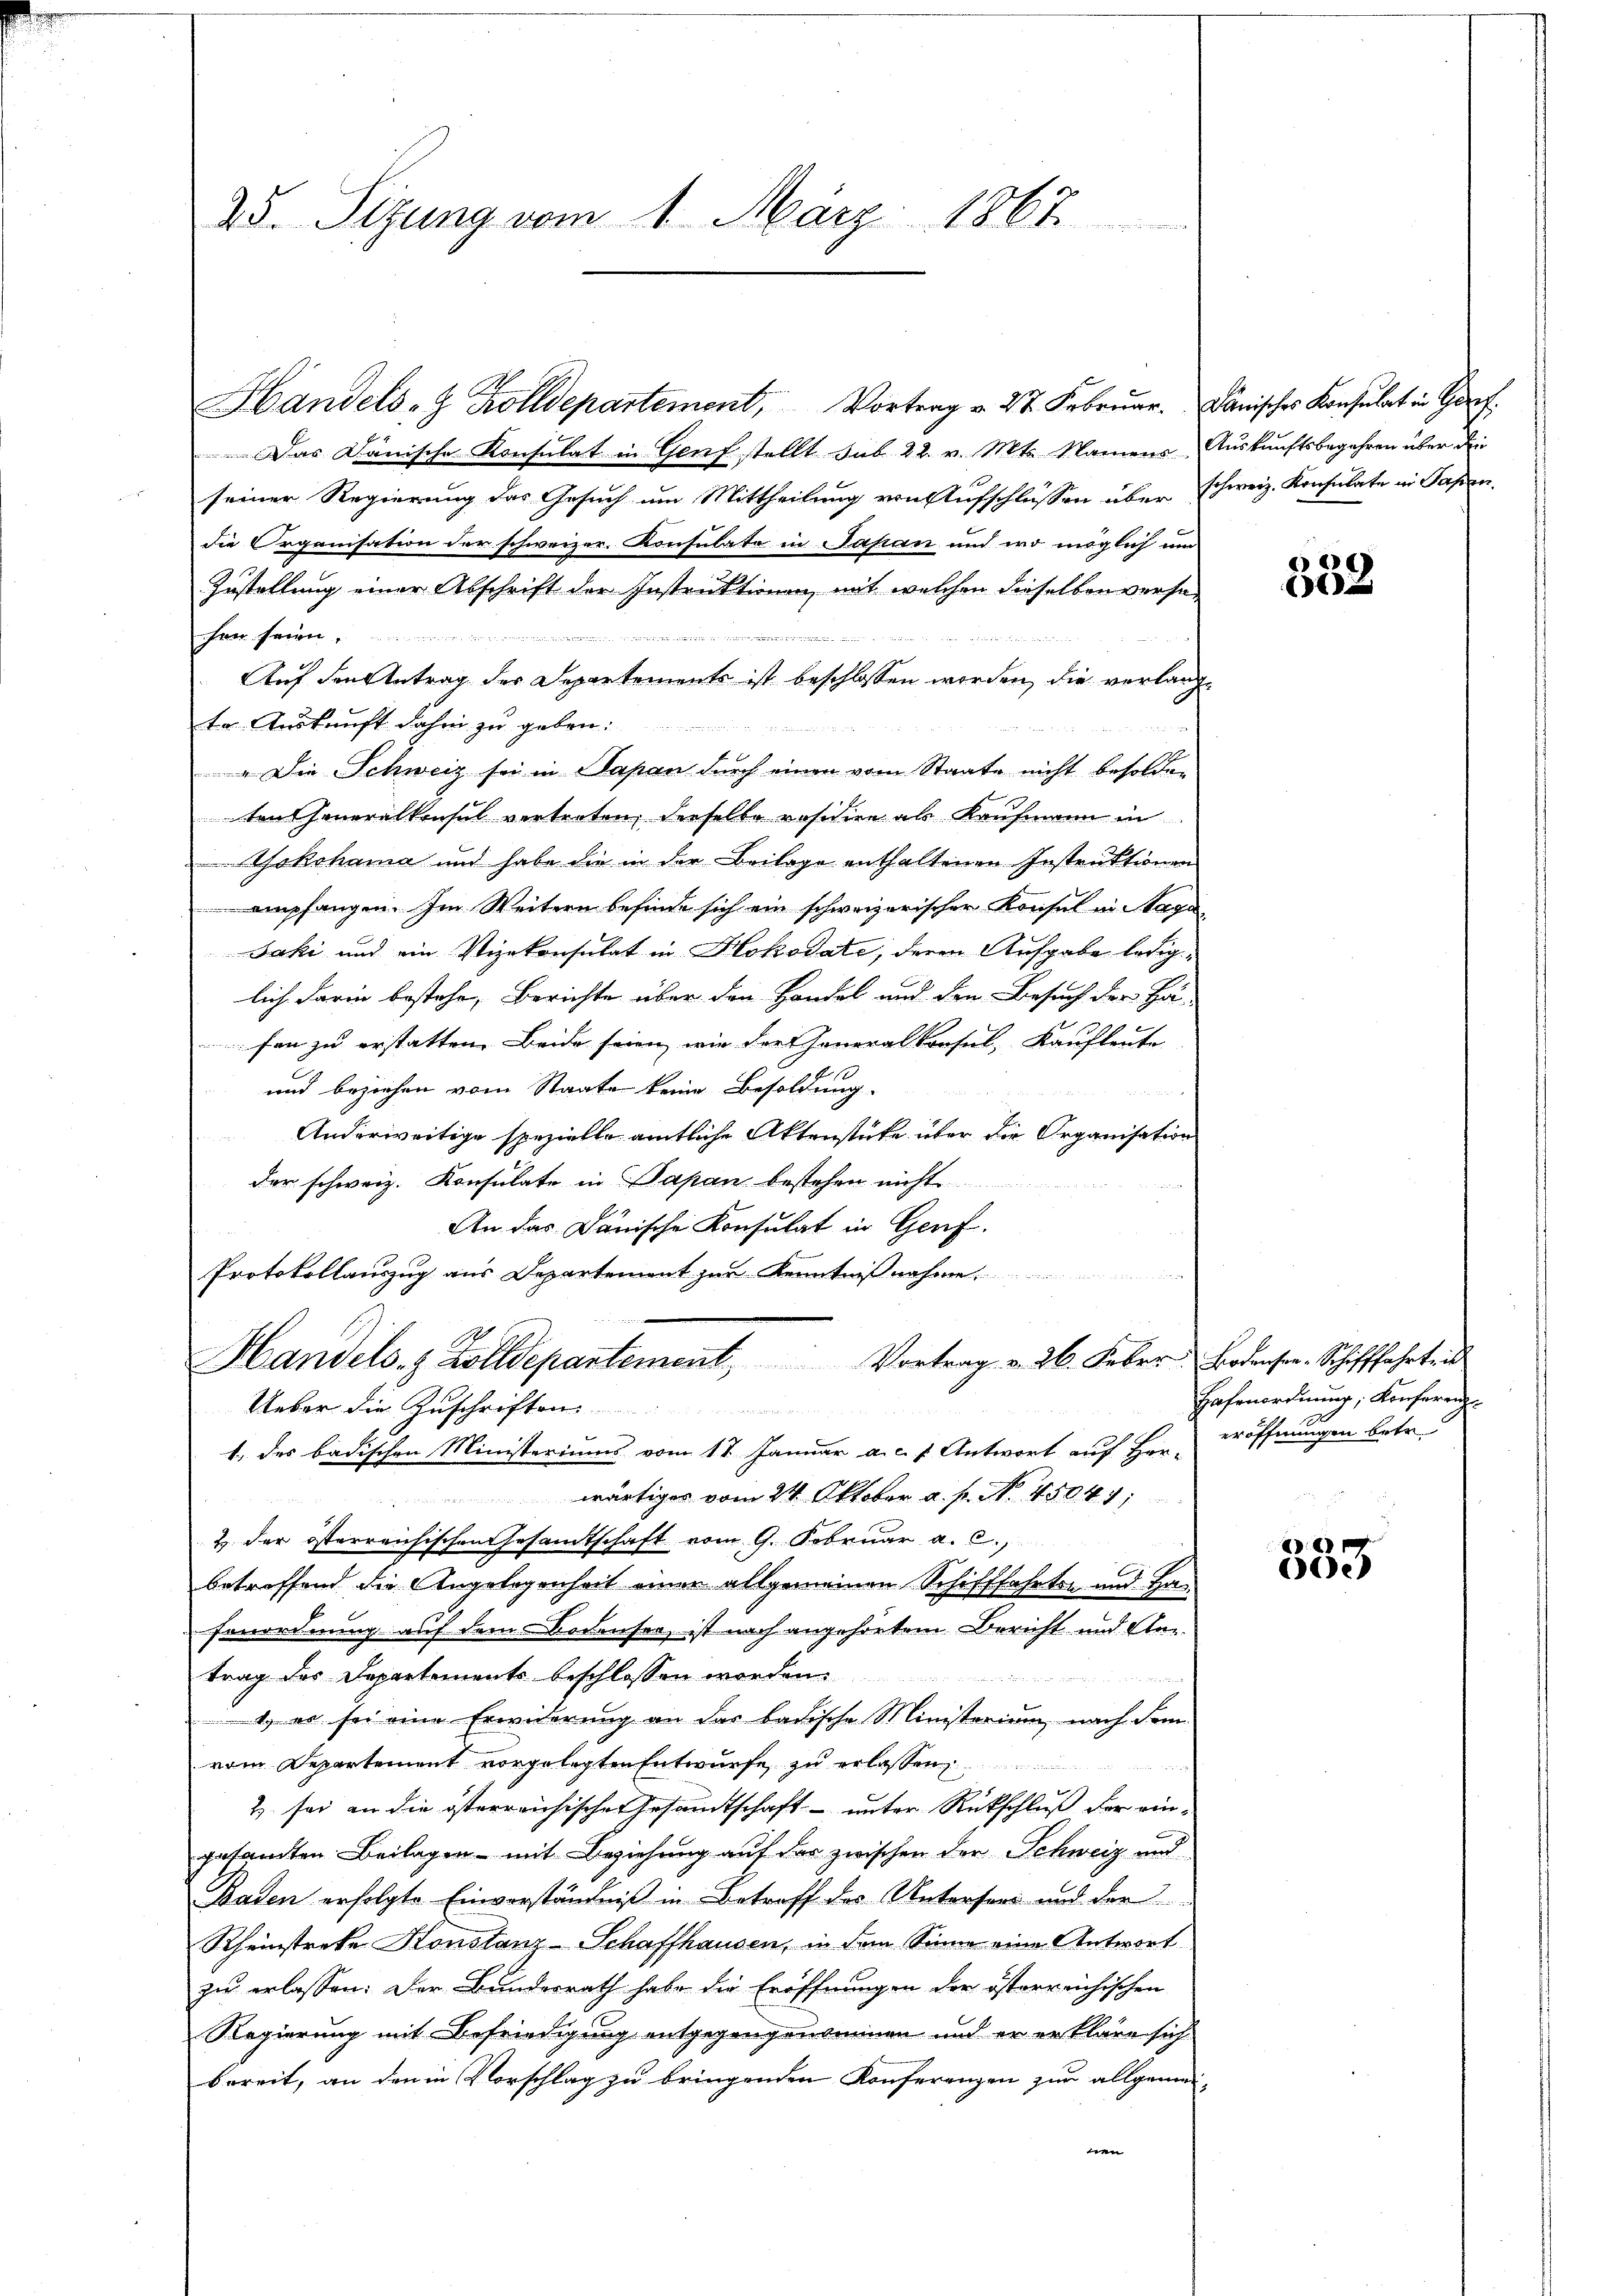
25. Sitzung vom 1. März 1867.

Handels- Zolldepartement, Vortrag v. 27. Febrŭar. Danisches Konsulat in Gorf.
Das Dänische Konsulat in Genf stellt sub 22. v. Mts. Namens Auskunftsbegehren über die
seiner Regierung das Gesuch um Mittheilung von Aufschlüssen über schweiz. Konsulate in Papen
die Organisation der schweizer. Konsulate in Pasian und wo möglich um
Zustellung einer Abschrift der Instruktionen, mit welchen dieselben versachen seien.
Auf den Antrag des Departements ist beschlossen worden, die verlangte Auskunft dahin zu geben.

" Die Schweiz sei in Papan durch einen vom Staate nicht besolden
ten Feueralkonsul vertreten, derselbe räsidien als Kaufmann in
Yokohama und habe die in der Beilage enthaltenen Instruktionen
empfangen. Im Weitern befinde sich ein schweizerischer Konsul in Mage
Jaki und ein Vizekonsulat in Hokodate, deren Aufgabe lediglich darin bestehe, Berichte über den Handel und den Besuch der Ha-
fon zu erstatten. Beide seien, wie der Generalkonsul, Kaufleute
und beziehen vom Staate keine Besoldung
Anderweitige spezielle amtliche Aktenstüke über die Organisation
der schweiz. Konsulate in Papan bestehen nicht
An das Dänische Konsulat in Genf.
Protokollauszug aus Departement zur Kennt
Handels- & Zolldepartement, Vortrag v. 26. Febrr. Bodenser Schifffahrten
Ueber die Zuschriften
1. des badischen Ministeriums vom 17. Januar a. c. s. Antwort auf Her-
wärtiges vom 24. Oktober a. p. N. 45041;
2 der österreichischen Gesamtschaft vom 9. Februar a. c.,
betreffend die Angelegenheit einer allgemeinen Schifffahrten und Ha¬
Fonordnung auf dem Bodensee ist nach angehörtem Bericht und An-
trag des Departements beschlossen worden.

t es sei eine Erwiderung an das badische Ministerium, nach dem
vom Departement vorgelegten Entwurfe zu erlassen ......
2) sei an die österreichische Gesamtschaft – unter Rückschluß der eingesandten Beilagen mit Beziehung auf des zwischen der Schweiz und
Baden erfolgte Einverständniß in Betreff des Untersees und der
Rheinstreke Konstanz-Schaffhausen, in dem Sinne eine Antwort
zu erlassen: Der Bundesrath habe die Eröffnungen der österreichischen
Regierung mit Befriedigung entgegengenommen und er erkläre sich
bereit, an den in Vorschlag zu bringenden Konferenzen zur allgemein-
nen

C
1

Hafenordnung, Konfereich
eröffnungen betr.

8
e)